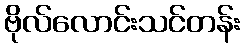
ဗိုလ်လောင်းသင်တန်း